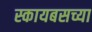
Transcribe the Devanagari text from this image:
स्कायबसच्या